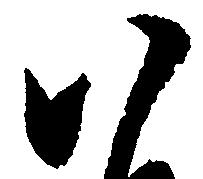
八